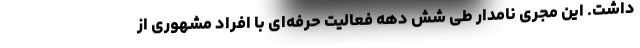
داشت. این مجری نامدار طی شش دهه فعالیت حرفه‌ای با افراد مشهوری از